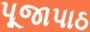
પૂજાપાઠ